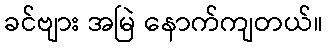
ခင်ဗျား အမြဲ နောက်ကျတယ်။